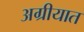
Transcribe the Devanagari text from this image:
अग्रीयात